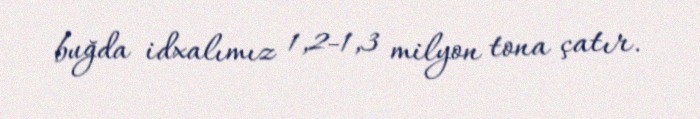
buğda idxalımız 1,2-1,3 milyon tona çatır.